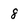
Character: 8